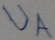
Text: UA